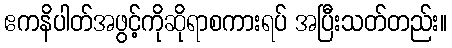
ဧကနိပါတ်အဖွင့်ကိုဆိုရာစကားရပ် အပြီးသတ်တည်း။